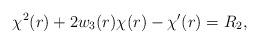
LaTeX: \begin{align*} \chi^2(r) + 2w_3 (r) \chi(r) -\chi^\prime(r) =R_2,\end{align*}